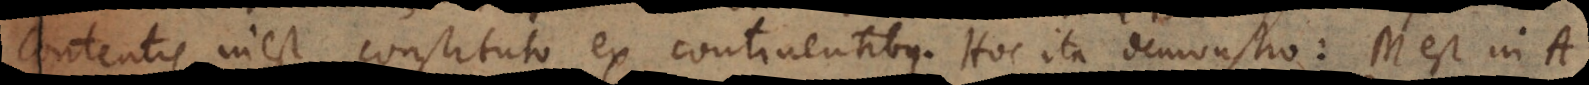
contentis inest constituto ex continentibus. Hoc ita demonstro: M est in A